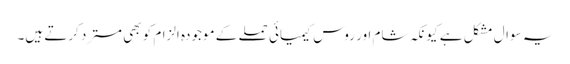
یہ سوال مشکل ہے کیونکہ شام اور روس کیمیائی حملے کے موجودہ الزام کو بھی مسترد کرتے ہیں۔